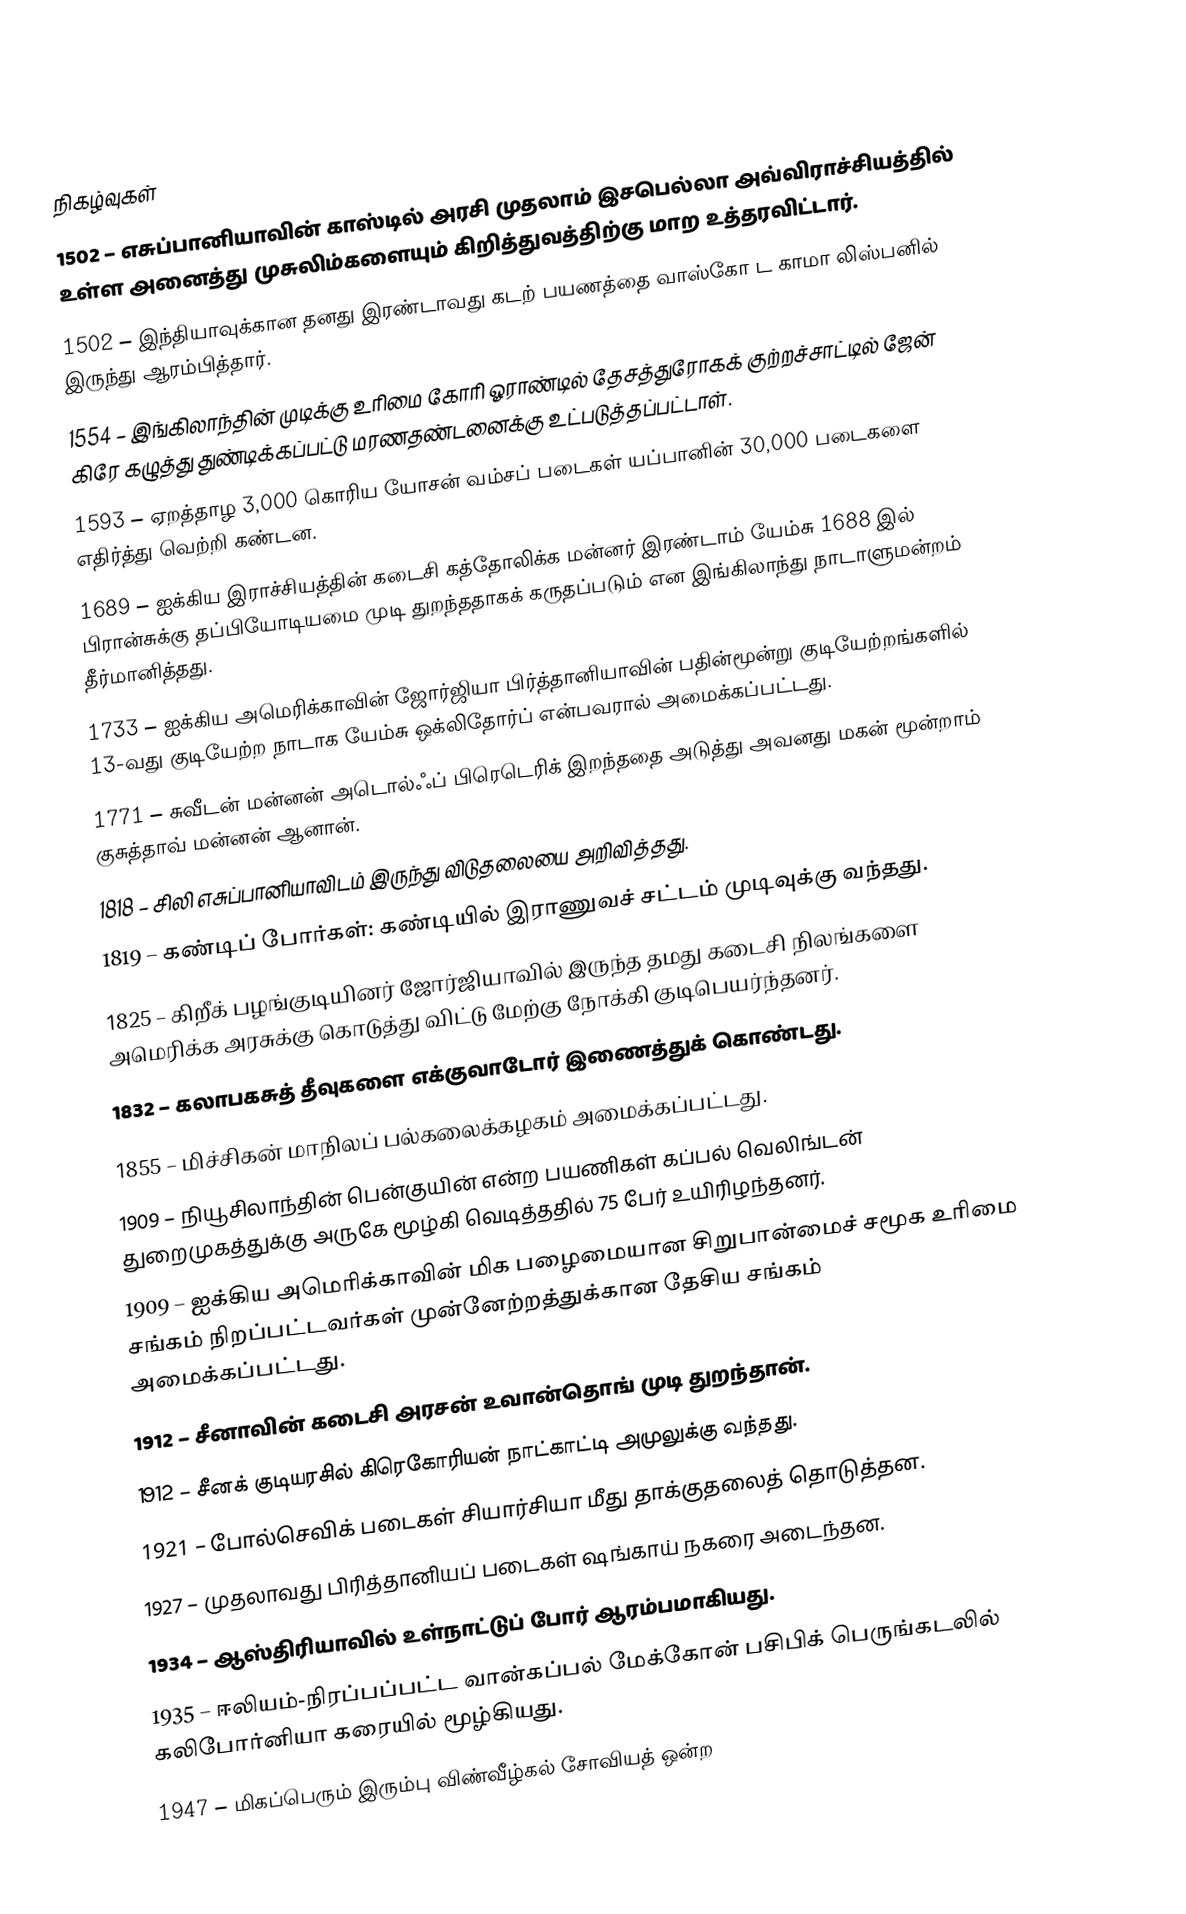

நிகழ்வுகள்
1502 – எசுப்பானியாவின் காஸ்டில் அரசி முதலாம் இசபெல்லா அவ்விராச்சியத்தில் உள்ள அனைத்து முசுலிம்களையும் கிறித்துவத்திற்கு மாற உத்தரவிட்டார்.
1502 – இந்தியாவுக்கான தனது இரண்டாவது கடற் பயணத்தை வாஸ்கோ ட காமா லிஸ்பனில் இருந்து ஆரம்பித்தார்.
1554 – இங்கிலாந்தின் முடிக்கு உரிமை கோரி ஓராண்டில் தேசத்துரோகக் குற்றச்சாட்டில் ஜேன் கிரே கழுத்து துண்டிக்கப்பட்டு மரணதண்டனைக்கு உட்படுத்தப்பட்டாள்.
1593 – ஏறத்தாழ 3,000 கொரிய யோசன் வம்சப் படைகள் யப்பானின் 30,000 படைகளை எதிர்த்து வெற்றி கண்டன.
1689 – ஐக்கிய இராச்சியத்தின் கடைசி கத்தோலிக்க மன்னர் இரண்டாம் யேம்சு 1688 இல் பிரான்சுக்கு தப்பியோடியமை முடி துறந்ததாகக் கருதப்படும் என இங்கிலாந்து நாடாளுமன்றம் தீர்மானித்தது.
1733 – ஐக்கிய அமெரிக்காவின் ஜோர்ஜியா பிர்த்தானியாவின் பதின்மூன்று குடியேற்றங்களில் 13-வது குடியேற்ற நாடாக யேம்சு ஒக்லிதோர்ப் என்பவரால் அமைக்கப்பட்டது.
1771 – சுவீடன் மன்னன் அடொல்ஃப் பிரெடெரிக் இறந்ததை அடுத்து அவனது மகன் மூன்றாம் குசுத்தாவ் மன்னன் ஆனான்.
1818 – சிலி எசுப்பானியாவிடம் இருந்து விடுதலையை அறிவித்தது.
1819 – கண்டிப் போர்கள்: கண்டியில் இராணுவச் சட்டம் முடிவுக்கு வந்தது.
1825 – கிறீக் பழங்குடியினர் ஜோர்ஜியாவில் இருந்த தமது கடைசி நிலங்களை அமெரிக்க அரசுக்கு கொடுத்து விட்டு மேற்கு நோக்கி குடிபெயர்ந்தனர்.
1832 – கலாபகசுத் தீவுகளை எக்குவாடோர் இணைத்துக் கொண்டது.
1855 – மிச்சிகன் மாநிலப் பல்கலைக்கழகம் அமைக்கப்பட்டது.
1909 – நியூசிலாந்தின் பென்குயின் என்ற பயணிகள் கப்பல் வெலிங்டன் துறைமுகத்துக்கு அருகே மூழ்கி வெடித்ததில் 75 பேர் உயிரிழந்தனர்.
1909 – ஐக்கிய அமெரிக்காவின் மிக பழைமையான சிறுபான்மைச் சமூக உரிமை சங்கம் நிறப்பட்டவர்கள் முன்னேற்றத்துக்கான தேசிய சங்கம் அமைக்கப்பட்டது.
1912 – சீனாவின் கடைசி அரசன் உவான்தொங் முடி துறந்தான்.
1912 – சீனக் குடியரசில் கிரெகோரியன் நாட்காட்டி அமுலுக்கு வந்தது.
1921 – போல்செவிக் படைகள் சியார்சியா மீது தாக்குதலைத் தொடுத்தன.
1927 – முதலாவது பிரித்தானியப் படைகள் ஷங்காய் நகரை அடைந்தன.
1934 – ஆஸ்திரியாவில் உள்நாட்டுப் போர் ஆரம்பமாகியது.
1935 – ஈலியம்-நிரப்பப்பட்ட வான்கப்பல் மேக்கோன் பசிபிக் பெருங்கடலில் கலிபோர்னியா கரையில் மூழ்கியது.
1947 – மிகப்பெரும் இரும்பு விண்வீழ்கல் சோவியத் ஒன்ற